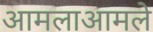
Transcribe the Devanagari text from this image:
आमलाआमले